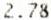
2.78